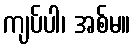
ကျပ်ပါ၊ အစ်မ။